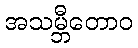
အသမ္ဘီတောဝ